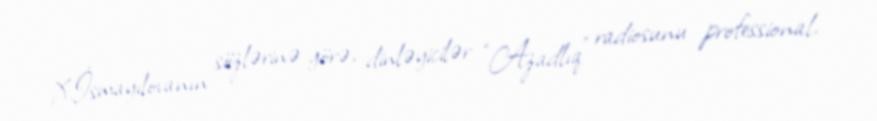
X.İsmayılovanın sözlərinə görə, dinləyicilər “Azadlıq” radiosunu professional,